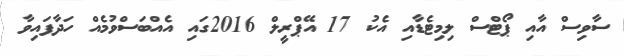
ސާވިސް އާއި ޕޯޓްސް ލިމިޓެޑާއި އެކު 17 އޭޕްރީލް 2016ގައި އެއްބަސްވުމެއް ހަދާފައިވާ